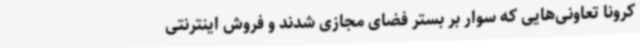
کرونا تعاونی‌هایی که سوار بر بستر فضای مجازی شدند و فروش اینترنتی